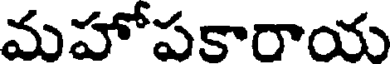
మహోపకారాయ